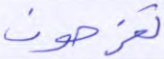
تفرحون